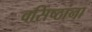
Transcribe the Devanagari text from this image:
वसिष्ठांना